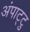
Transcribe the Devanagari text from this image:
अंपाट्टु